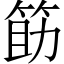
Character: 筯